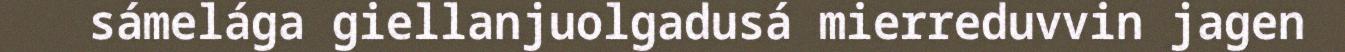
sámelága giellanjuolgadusá mierreduvvin jagen